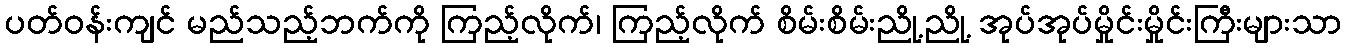
ပတ်ဝန်းကျင် မည်သည့်ဘက်ကို ကြည့်လိုက်၊ ကြည့်လိုက် စိမ်းစိမ်းညို့ညို့ အုပ်အုပ်မှိုင်းမှိုင်းကြီးများသာ